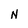
Character: N